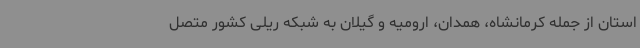
استان از جمله کرمانشاه، همدان، ارومیه و گیلان به شبکه ریلی کشور متصل